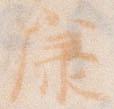
康